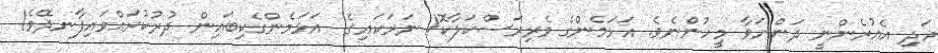
އަދި އެއުރެންނީ ދަންނަވާ މީހުންނެވެ. އަޅަމެންގެ ވެރިރަސްކަލާކޮ! ނަރަކައިގެ  އަޅަމެންގެކިބައިން ދުރުކުރައްވައިފާނދޭވެ!